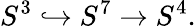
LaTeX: S^{3}\hookrightarrow S^{7}\to S^{4}.